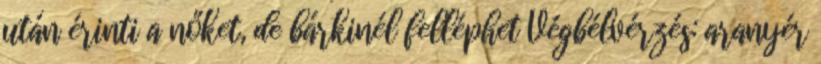
után érinti a nőket, de bárkinél felléphet Végbélvérzés: aranyér